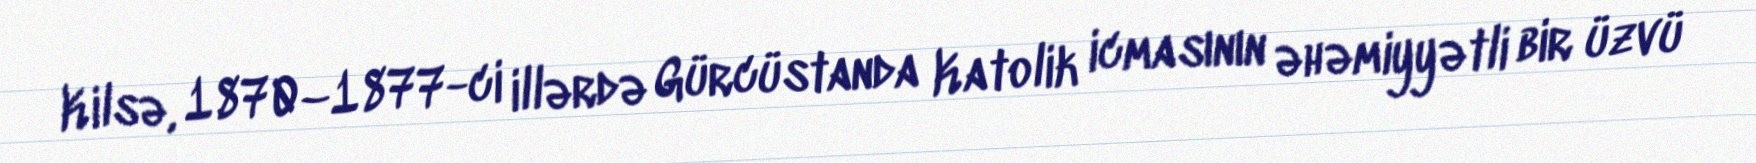
Kilsə, 1870–1877-ci illərdə Gürcüstanda Katolik icmasının əhəmiyyətli bir üzvü